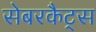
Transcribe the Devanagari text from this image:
सेबरकैट्स